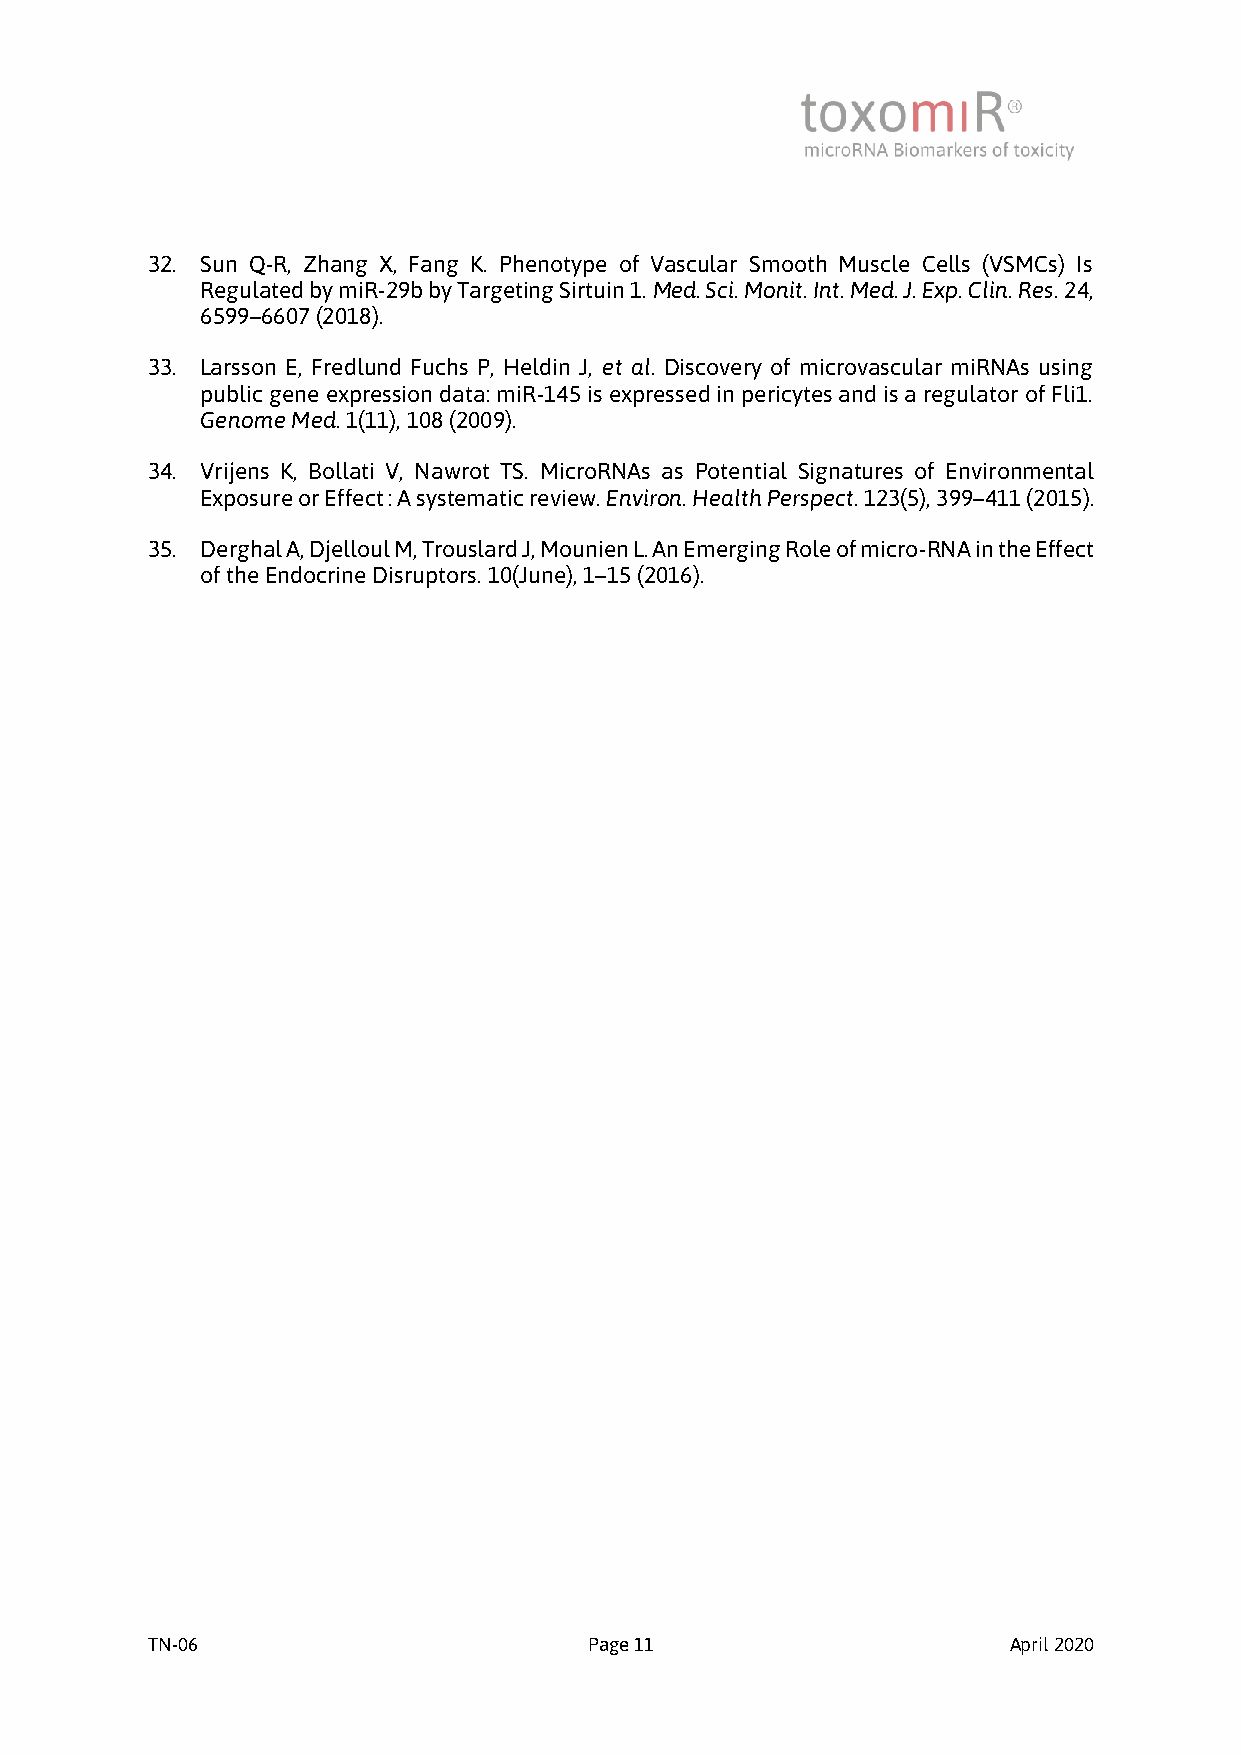
32. Sun Q-R, Zhang X, Fang K. Phenotype of Vascular Smooth Muscle Cells (VSMCs) Is
 Regulated by miR-29b by Targeting Sirtuin 1. Med. Sci. Monit. Int. Med. J. Exp. Clin. Res. 24,
 6599–6607 (2018).
 33. Larsson E, Fredlund Fuchs P, Heldin J, et al. Discovery of microvascular miRNAs using
 public gene expression data: miR-145 is expressed in pericytes and is a regulator of Fli1.
 Genome Med. 1(11), 108 (2009).
 34. Vrijens K, Bollati V, Nawrot TS. MicroRNAs as Potential Signatures of Environmental
 Exposure or Effect : A systematic review. Environ. Health Perspect. 123(5), 399–411 (2015).
 35. Derghal A, Djelloul M, Trouslard J, Mounien L. An Emerging Role of micro-RNA in the Effect
 of the Endocrine Disruptors. 10(June), 1–15 (2016).
 TN-06                        Page 11                     April 2020